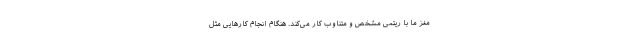
مغز ما با ریتمی مشخص و متناوب کار می‌کند. هنگام انجام کارهایی مثل